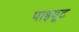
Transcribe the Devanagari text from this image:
पाइयूट